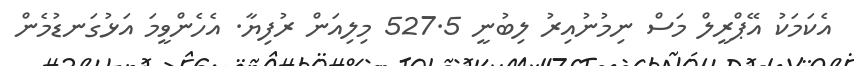
އެކަމަކު އޭޕްރީލް މަސް ނިމުނުއިރު ލިބުނީ 527.5 މިލިއަން ރުފިޔާ. އެހެންވީމަ އަޅުގަނޑުމެން